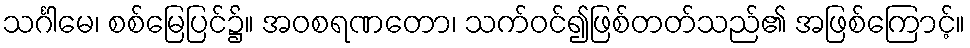
သင်္ဂါမေ၊ စစ်မြေပြင်၌။ အဝစရဏတော၊ သက်ဝင်၍ဖြစ်တတ်သည်၏ အဖြစ်ကြောင့်။